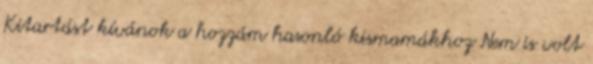
Kitartást kívánok a hozzám hasonló kismamákhoz Nem is volt